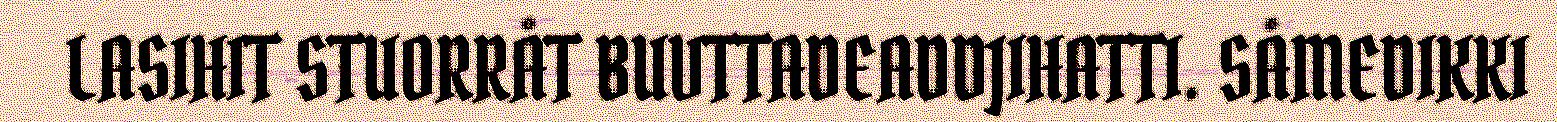
LASIHIT STUORRÅT BUVTTADEADDJIHATTI. SÅMEDIKKI